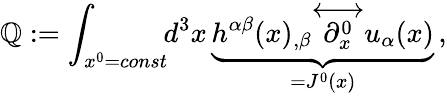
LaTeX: \mathbb{Q}:=\int_{x^{0}=const}\! \! d^{3}x\, \underbrace{{h^{\alpha\beta}(x)_{,\beta}{\stackrel{\longleftrightarrow}{\partial_{x}^{0}}}u_{\alpha}(x)}}_{=J^{0}(x)}\, ,